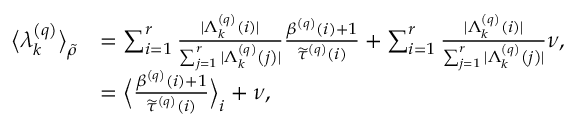
\begin{array} { r l } { \big \langle \lambda _ { k } ^ { \left( q \right) } \big \rangle _ { \widetilde { \rho } } } & { = \sum _ { i = 1 } ^ { r } \frac { \vert \Lambda _ { k } ^ { \left( q \right) } \left( i \right) \vert } { \sum _ { j = 1 } ^ { r } \vert \Lambda _ { k } ^ { \left( q \right) } \left( j \right) \vert } \frac { \beta ^ { \left( q \right) } \left( i \right) + 1 } { \widetilde { \tau } ^ { \left( q \right) } \left( i \right) } + \sum _ { i = 1 } ^ { r } \frac { \vert \Lambda _ { k } ^ { \left( q \right) } \left( i \right) \vert } { \sum _ { j = 1 } ^ { r } \vert \Lambda _ { k } ^ { \left( q \right) } \left( j \right) \vert } \nu , } \\ & { = \Big \langle \frac { \beta ^ { \left( q \right) } \left( i \right) + 1 } { \widetilde { \tau } ^ { \left( q \right) } \left( i \right) } \Big \rangle _ { i } + \nu , } \end{array}